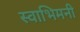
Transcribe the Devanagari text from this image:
स्वाभिमनी